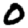
Digit: 0